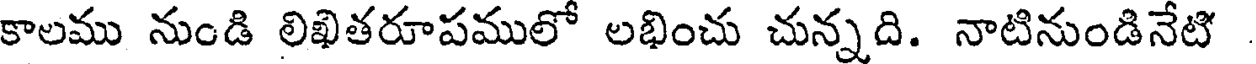
కాలము నుండి లిఖితరూపములో లభించు చున్నది. నాటినుండినేటి